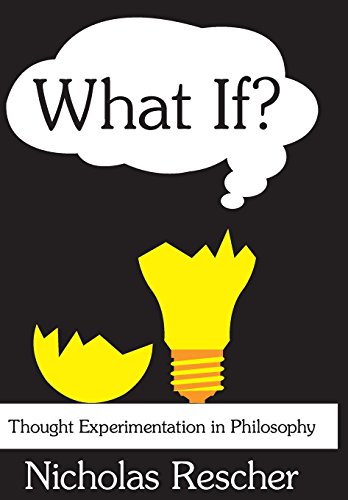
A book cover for What If?: Thought Experimentation in Philosophy; Nicholas Rescher; Politics & Social Sciences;